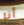
أنا